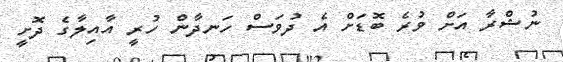
ނުޝްރާ އަށް ވުރެ ބޮޑަށް އެ ދުވަސް ހަނދާން ހުރީ އާއިލާގެ ދޮށީ